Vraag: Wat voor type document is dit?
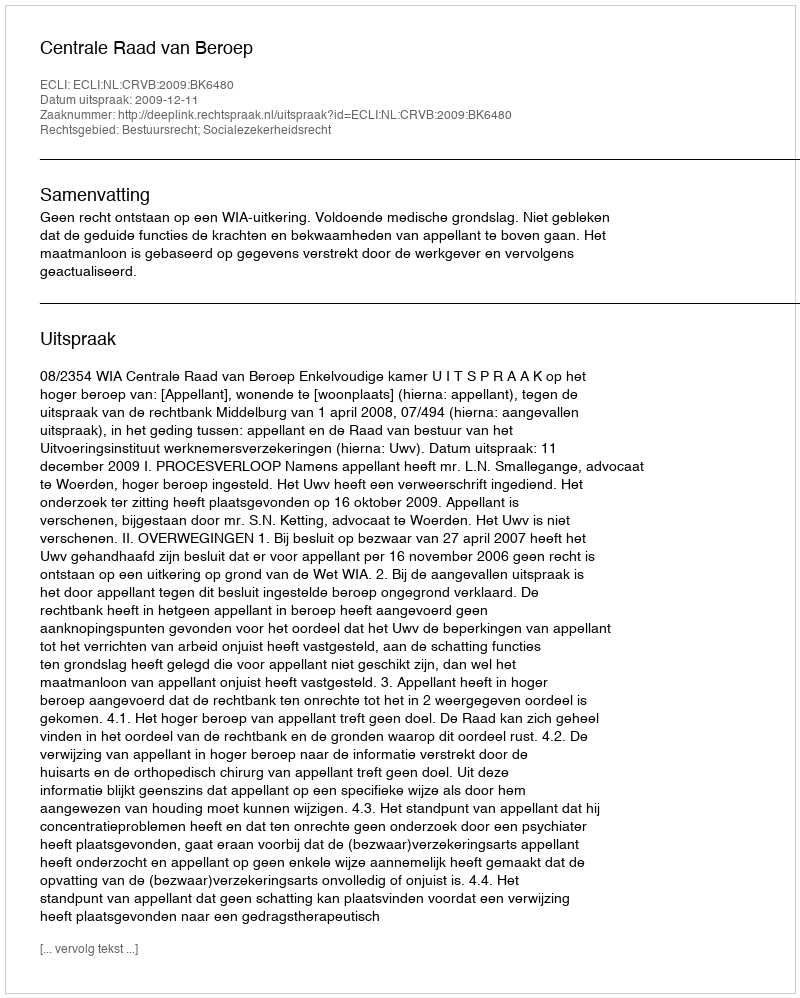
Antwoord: Uitspraak